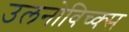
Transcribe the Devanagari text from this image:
उलनोविच्क्स